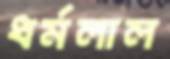
ধর্মলাল